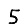
Digit: 5